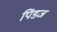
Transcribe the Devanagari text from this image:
पिंडज